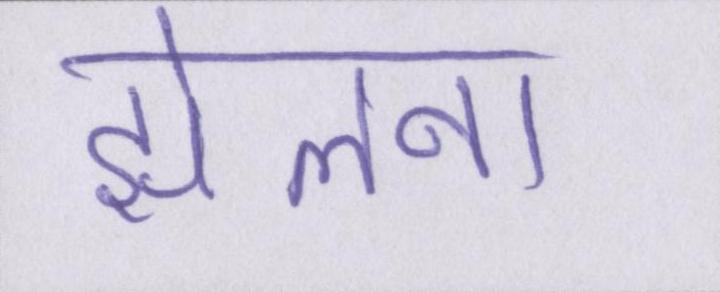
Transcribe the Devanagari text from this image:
झेलना